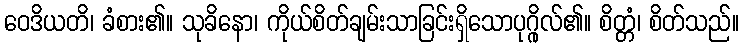
ဝေဒိယတိ၊ ခံစား၏။ သုခိနော၊ ကိုယ်စိတ်ချမ်းသာခြင်းရှိသောပုဂ္ဂိုလ်၏။ စိတ္တံ၊ စိတ်သည်။